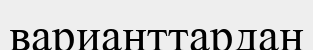
варианттардан